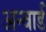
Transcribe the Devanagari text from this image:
अन्वार्ड